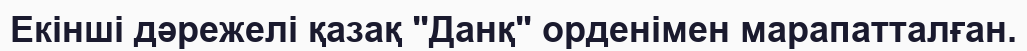
Екінші дәрежелі қазақ "Данқ" орденімен марапатталған.